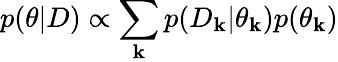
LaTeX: p(\theta|D)\propto\sum_{\mathbf{k}}p(D_{\mathbf{k}}|\theta_{\mathbf{k}})p(\theta_{\mathbf{k}})